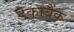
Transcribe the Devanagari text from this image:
डेकाबैंक